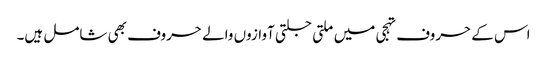
اس کے حروف تہجی میں ملتی جلتی آوازوں والے حروف بھی شامل ہیں۔